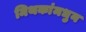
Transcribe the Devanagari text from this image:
मिथकांमधुन